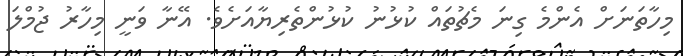
މިހާތަނަށް އެންމެ ގިނަ މެޗުތައް ކުޅުނު ކުޅުންތެރިޔާއަށެވެ. އޭނާ ވަނީ މިހާރު ޖުމްލަ